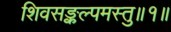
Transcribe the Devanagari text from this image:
शिवसङ्कल्पमस्तु॥१॥